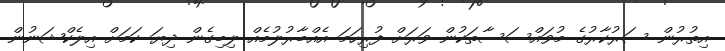
އިތުރުން ސަރުކާރުގެ މުވައްސަސާތަކުން ވަރަށް ފުރިހަމަ އެއްބާރުލުމެއް ލިބިގެން ދިޔަ ކަމަށް އިލެކްޝަނުން